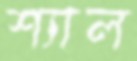
শ্যাল